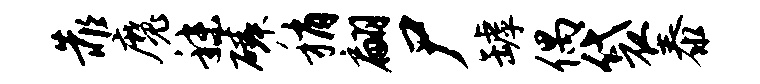
靠魔秣磷稍翩尸罅偶袋泰